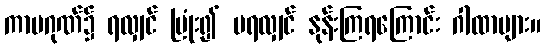
ကာမဂုဏ်၌ ရလျှင် ပြုံး၍ မရလျှင် နုန်းကြရကြောင်း ဂါထာများ။